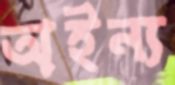
অইন্য